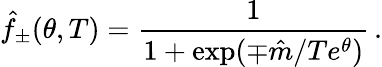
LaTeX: \hat{f}_{\pm}(\theta,T)=\frac{1}{1+\exp(\mp\hat{m}/Te^{\theta})}\, .